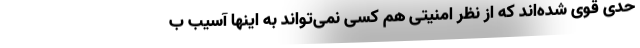
حدی قوی شده‌اند که از نظر امنیتی هم کسی نمی‌تواند به اینها آسیب ب